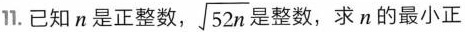
11.已知n是正整数， \sqrt{52n}是整数，求n的最小正